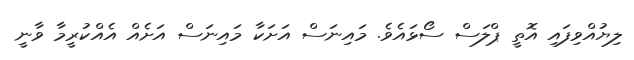
ލިޔުއްވިފައި އޮތީ ޕްލަސް ސޯޅައެވެ. މައިނަސް އަށަކާ މައިނަސް އަށެއް އެއްކުރީމާ ވާނީ